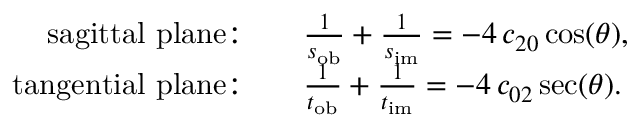
\begin{array} { r l } { \mathrm { s a g i t t a l ~ p l a n e } { : } \quad } & { \frac { 1 } { s _ { \mathrm { o b } } } + \frac { 1 } { s _ { \mathrm { i m } } } = - 4 \, c _ { 2 0 } \cos ( \theta ) , } \\ { \mathrm { t a n g e n t i a l ~ p l a n e } { : } \quad } & { \frac { 1 } { t _ { \mathrm { o b } } } + \frac { 1 } { t _ { \mathrm { i m } } } = - 4 \, c _ { 0 2 } \sec ( \theta ) . } \end{array}